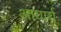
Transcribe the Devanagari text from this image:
आयार्य